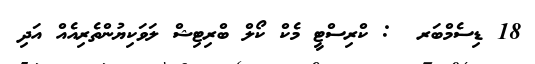
18 ޑިސެމްބަރ  : ކްރިސްޓީ މެކް ކޯލް ބްރިޓިޝް ލަވަކިޔުންތެރިއެއް އަދި